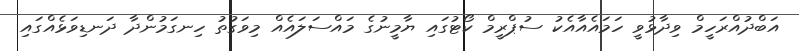
އަބްދުއްރަހީމް ވިދާޅުވީ ހަމައެއާއެކު ސުޕްރީމް ކޯޓުގައި ޔާމީނުގެ މައްސަލައެއް މިވަގުތު ހިނގަމުންދާ ދަނޑިވަޅެއްގައި